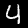
Label: 4